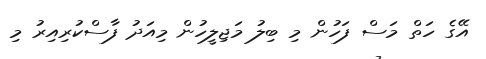
އޭގެ ހަތް މަސް ފަހުން މި ބިލު މަޖިލީހުން މިއަދު ފާސްކުރިއިރު މި